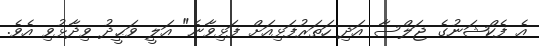
އެ ފެކްޝަނުގެ ޖަލްސާ އަދި ހަތަރުފަޅިއަށް ފަޅިވާނެ" އަލީ ވަޙީދު ވިދާޅުވި އެވެ.